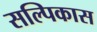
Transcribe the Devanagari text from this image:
सल्पिकास